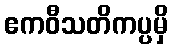
ဧကဝီသတိကပ္ပမှိ